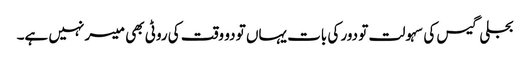
بجلی گیس کی سہولت تو دور کی بات یہاں تو دو وقت کی روٹی بھی میسر نہیں ہے۔